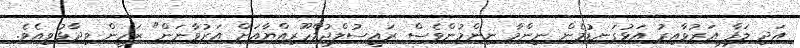
އަދި ލަފާ އަރުވާއިރު އަޅުގަނޑުމެން ނިންމާ ނިންމުންވެސް ރައީސުލްޖުމްހޫރިއްޔާއަށް އަރުވާނަން" ޒަހީން ވިދާޅުވިއެވެ.